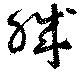
職